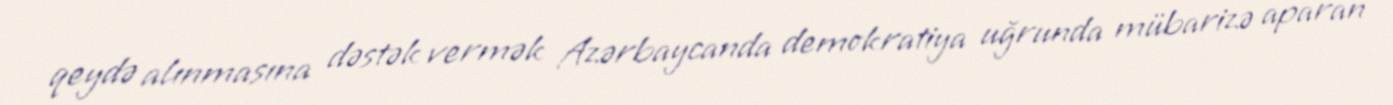
qeydə alınmasına dəstək vermək Azərbaycanda demokratiya uğrunda mübarizə aparan